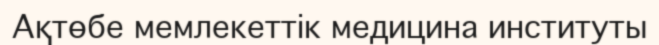
Ақтөбе мемлекеттік медицина институты